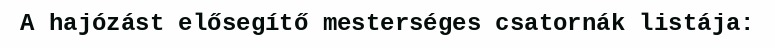
A hajózást elősegítő mesterséges csatornák listája: